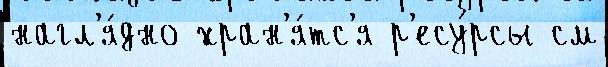
нагл'я́дно хран'я́тс'я р'есу́рсы см